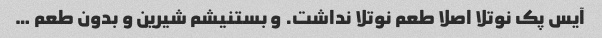
آیس پک نوتلا اصلا طعم نوتلا نداشت. و بستنیشم شیرین و بدون طعم …